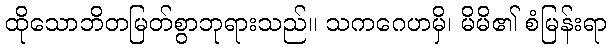
ထိုသောဘိတမြတ်စွာဘုရားသည်။ သကဂေဟမှိ၊ မိမိ၏ စံမြန်းရာ